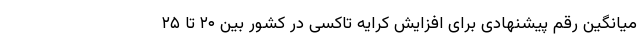
میانگین رقم پیشنهادی برای افزایش کرایه تاکسی در کشور بین ۲۰ تا ۲۵